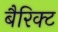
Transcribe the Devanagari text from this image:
बैरिक्ट